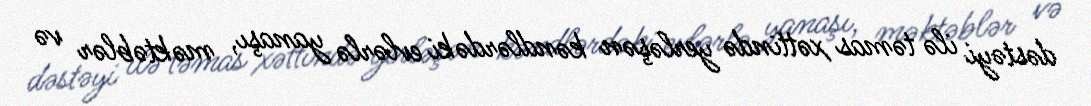
dəstəyi ilə təmas xəttində yerləşən kəndlərdəki evlərlə yanaşı, məktəblər və